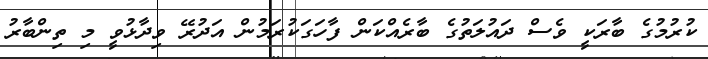
ކުރުމުގެ ބާރަކީ ވެސް ދައުލަތުގެ ބާރެއްކަން ފާހަގަކުރަމުން އަދުރޭ ވިދާޅުވީ މި ތިންބާރު